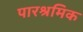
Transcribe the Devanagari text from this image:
पारश्रमिक